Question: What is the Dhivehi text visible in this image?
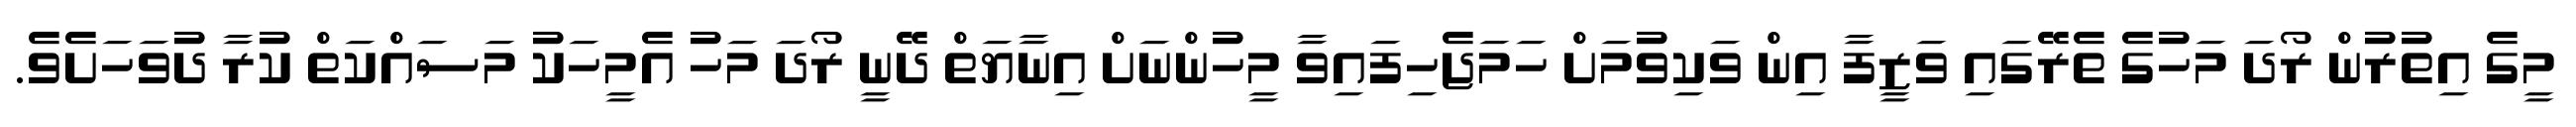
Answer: މީގެ އިތުރުން ރޯދަ މަހުގެ ތެރޭގައި ވަޒީފާ އިން ވަކިވުމަށް ހަމަޖެހިފައިވާ މީހުންނަށް އިނާޔަތް ދޭނީ ރޯދަ މަހު އެމީހަކު މަސައްކަތް ކުރާ ދުވަހަށެވެ.